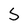
Character: S